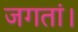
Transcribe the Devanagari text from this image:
जगतां।